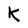
Character: K